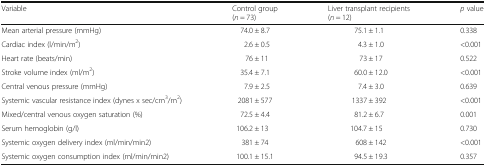
<table><thead><tr><td><b>Variable</b></td><td><b>Control group(<i>n</i> = 73)</b></td><td><b>Liver transplant recipients(<i>n</i> = 12)</b></td><td><b><i>p</i> value</b></td></tr></thead><tbody><tr><td>Mean arterial pressure (mmHg)</td><td>74.0 ± 8.7</td><td>75.1 ± 1.1</td><td>0.338</td></tr><tr><td>Cardiac index (l/min/m<sup>2</sup>)</td><td>2.6 ± 0.5</td><td>4.3 ± 1.0</td><td>&lt;0.001</td></tr><tr><td>Heart rate (beats/min)</td><td>76 ± 11</td><td>73 ± 17</td><td>0.522</td></tr><tr><td>Stroke volume index (ml/m<sup>2</sup>)</td><td>35.4 ± 7.1</td><td>60.0 ± 12.0</td><td>&lt;0.001</td></tr><tr><td>Central venous pressure (mmHg)</td><td>7.9 ± 2.5</td><td>7.4 ± 3.0</td><td>0.639</td></tr><tr><td>Systemic vascular resistance index (dynes x sec/cm<sup>3</sup>/m<sup>2</sup>)</td><td>2081 ± 577</td><td>1337 ± 392</td><td>&lt;0.001</td></tr><tr><td>Mixed/central venous oxygen saturation (%)</td><td>72.5 ± 4.4</td><td>81.2 ± 6.7</td><td>0.001</td></tr><tr><td>Serum hemoglobin (g/l)</td><td>106.2 ± 13</td><td>104.7 ± 15</td><td>0.730</td></tr><tr><td>Systemic oxygen delivery index (ml/min/min2)</td><td>381 ± 74</td><td>608 ± 142</td><td>&lt;0.001</td></tr><tr><td>Systemic oxygen consumption index (ml/min/min2)</td><td>100.1 ± 15.1</td><td>94.5 ± 19.3</td><td>0.357</td></tr></tbody></table>